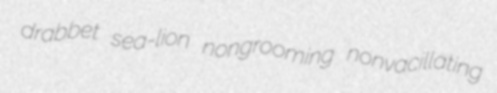
drabbet sea-lion nongrooming nonvacillating